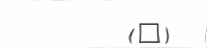
(@)